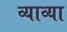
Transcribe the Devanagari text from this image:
व्याव्या